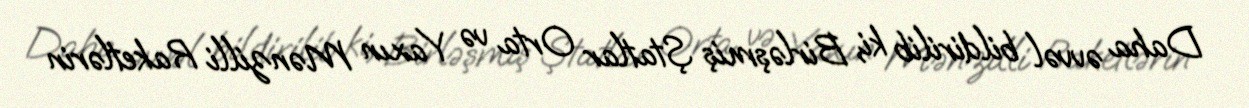
Daha əvvəl bildirilib ki, Birləşmiş Ştatlar Orta və Yaxın Mənzilli Raketlərin